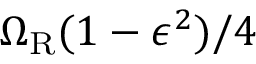
\Omega _ { \mathrm { R } } ( 1 - \epsilon ^ { 2 } ) / 4